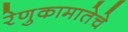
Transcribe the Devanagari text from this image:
रेणुकामातेचे